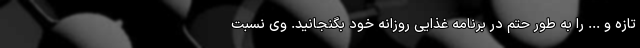
تازه و ... را به طور حتم در برنامه غذایی روزانه خود بگنجانید. وی نسبت